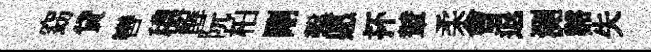
窈貸轡穠醒阮柏剛鑿愿抔輦柔㑹退測谿失